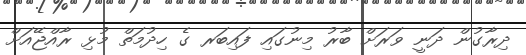
ދިރާގުން ދަނީ ވަރަށް ބާރު މިނުގައި ފައިބަރ ގެ ހިދުމަތް މުޅި ރާއްޖޭއަށް